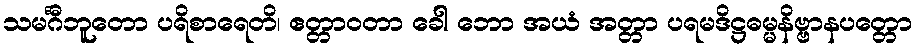
သမင်္ဂီဘူတော ပရိစာရေတိ၊ ဧတ္တာဝတာ ခေါ ဘော အယံ အတ္တာ ပရမဒိဋ္ဌဓမ္မနိဗ္ဗာနပတ္တော